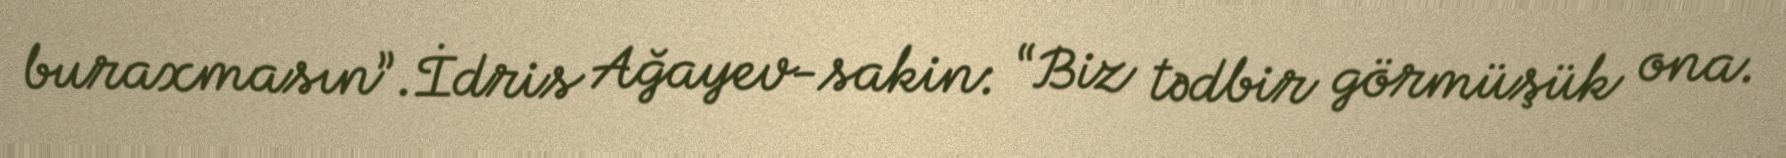
buraxmasın”.İdris Ağayev-sakin: “Biz tədbir görmüşük ona.